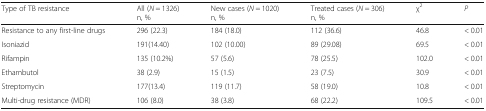
| Type of TB resistance | All (N = 1326)n, % | New cases (N = 1020)n, % | Treated cases (N = 306)n, % | χ2 | P |
 | --- | --- | --- | --- | --- | --- |
 | Resistance to any first-line drugs | 296 (22.3) | 184 (18.0) | 112 (36.6) | 46.8 | < 0.01 |
 | Isoniazid | 191(14.40) | 102 (10.00) | 89 (29.08) | 69.5 | < 0.01 |
 | Rifampin | 135 (10.2%) | 57 (5.6) | 78 (25.5) | 102.0 | < 0.01 |
 | Ethambutol | 38 (2.9) | 15 (1.5) | 23 (7.5) | 30.9 | < 0.01 |
 | Streptomycin | 177(13.4) | 119 (11.7) | 58 (19.0) | 10.8 | < 0.01 |
 | Multi-drug resistance (MDR) | 106 (8.0) | 38 (3.8) | 68 (22.2) | 109.5 | < 0.01 |